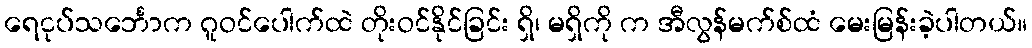
ရေငုပ်သင်္ဘောက ဂူဝင်ပေါက်ထဲ တိုးဝင်နိုင်ခြင်း ရှိ၊ မရှိကို က အီလွန်မက်စ်ထံ မေးမြန်းခဲ့ပါတယ်။